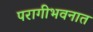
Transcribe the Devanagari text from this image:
परागीभवनात